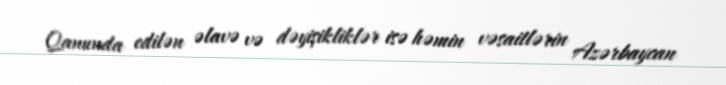
Qanunda edilən əlavə və dəyişikliklər isə həmin vəsaitlərin Azərbaycan